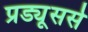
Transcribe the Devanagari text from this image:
प्रड्यूसर्स